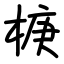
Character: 椩